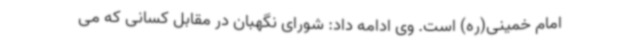
امام خمینی(ره) است. وی ادامه داد: شورای نگهبان در مقابل کسانی که می